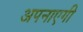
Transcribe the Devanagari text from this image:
अपनाएगी